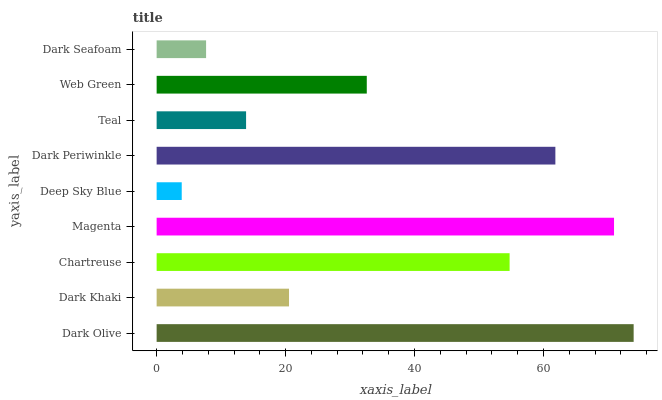
| yaxis_label | bars |
 | --- | --- |
 | Dark Olive | 74 |
 | Dark Khaki | 20.5 |
 | Chartreuse | 54.7 |
 | Magenta | 70.9 |
 | Deep Sky Blue | 3.89 |
 | Dark Periwinkle | 61.8 |
 | Teal | 13.9 |
 | Web Green | 32.6 |
 | Dark Seafoam | 7.67 |